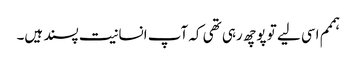
ہممم اسی لیے تو پوچھ رہی تھی کہ آپ انسانیت پسند ہیں۔